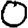
Digit: 0